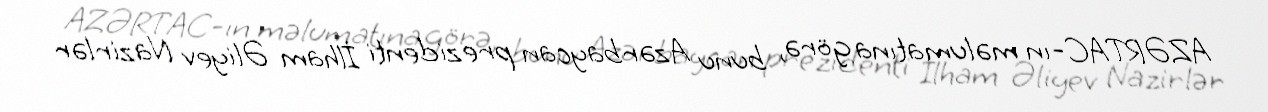
AZƏRTAC-ın məlumatına görə, bunu Azərbaycan prezidenti İlham Əliyev Nazirlər